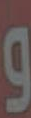
و